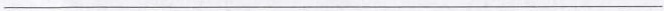
___